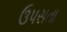
ઉપસતા